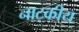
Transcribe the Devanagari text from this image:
नाट्कीय